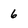
Character: 6